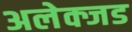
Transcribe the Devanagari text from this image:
अलेक्जड